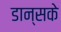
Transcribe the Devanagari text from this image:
डान्सके